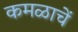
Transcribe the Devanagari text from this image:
कमळाचें